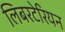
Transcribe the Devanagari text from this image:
लिबरटेरियन